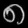
Digit: ၈